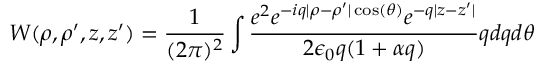
W ( \rho , \rho ^ { \prime } , z , z ^ { \prime } ) = \frac { 1 } { ( 2 \pi ) ^ { 2 } } \int \frac { e ^ { 2 } e ^ { - i q | \rho - \rho ^ { \prime } | \cos ( \theta ) } e ^ { - q | z - z ^ { \prime } | } } { 2 \epsilon _ { 0 } q ( 1 + \alpha q ) } q d q d \theta